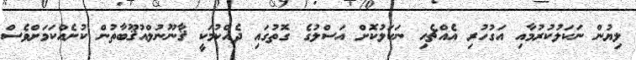
ލިޔުން ނަކަލުކުރުމާއި އަގުހުރި އެއްޗެހި ނަކަލުކޮށް އަސްލުގެ ގޮތުގައި ދެއްކުމަކީ ޤާނޫނުލްއުޤޫބާތުން ކުށެއްކަމަށްވެސް